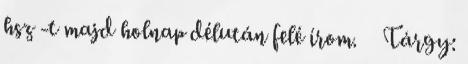
hsz -t majd holnap délután felé írom. Tárgy: